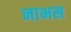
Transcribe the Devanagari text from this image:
नाभस